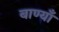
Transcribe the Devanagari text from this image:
बाण्याँ